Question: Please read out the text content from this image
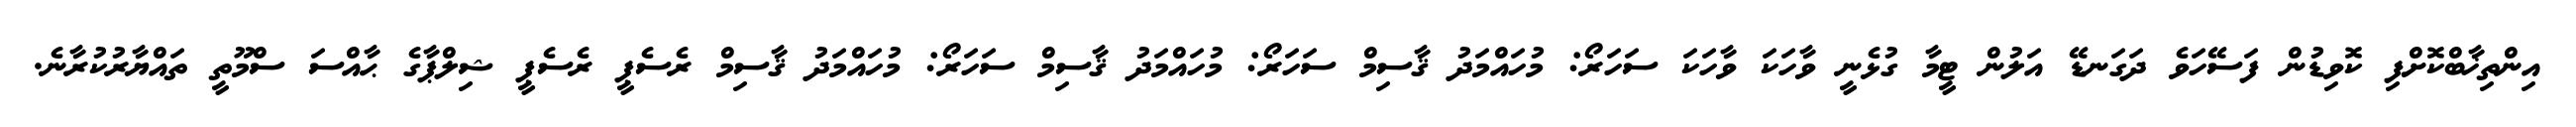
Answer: އިންތިޚާބްކޮށްފި ކޮވިޑުން ފަސޭހަވެ ދަގަނޑޭ އަލުން ޓީމާ ގުޅެނީ ވާހަކަ ވާހަކަ ސަހަރޯ: މުހައްމަދު ޤާސިމް ސަހަރޯ: މުހައްމަދު ޤާސިމް ސަހަރޯ: މުހައްމަދު ޤާސިމް ރެސެޕީ ރެސެޕީ ޝިލްޕާގެ ޙާއްސަ ސްމޫތީ ތައްޔާރުކުރާނެ.